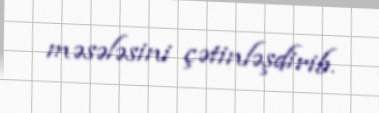
məsələsini çətinləşdirib.